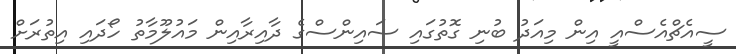
ސީއެޗްއެސްއީ އިން މިއަދު ބުނި ގޮތުގައި ސައިންސްގެ ދާއިރާއިން މައުލޫމާތު ހޯދައި އިތުރަށް